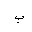
Letter: _ba